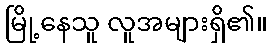
မြို့နေသူ လူအများရှိ၏။